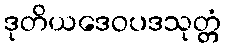
ဒုတိယဒေဝပဒသုတ္တံ